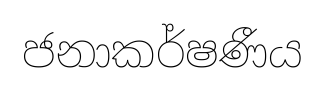
ජනාකර්ෂණීය